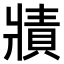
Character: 𤖓